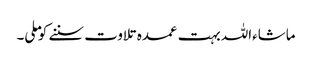
ماشاءاللہ بہت عمدہ تلاوت سننے کو ملی۔